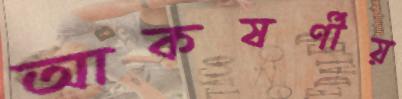
আকষর্ণীয়